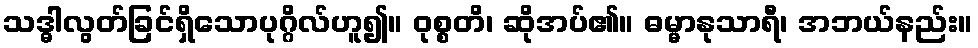
သဒ္ဓါလွတ်ခြင်ရှိသောပုဂ္ဂိလ်ဟူ၍။ ဝုစ္စတိ၊ ဆိုအပ်၏။ ဓမ္မာနုသာရီ၊ အဘယ်နည်း။